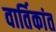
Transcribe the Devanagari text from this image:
वार्तिकांत